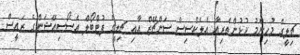
ޗިލީގެ މުހިންމު ކުޅުންތެރިއާ އެލެކްސިސް ސަންޗޭޒް އާއި ޗިލީގެ ފުޓްބޯލް އެސޯސިއޭޝަންގެ ރައީސް